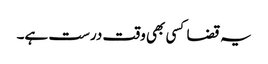
یہ قضا کسی بھی وقت درست ہے۔